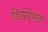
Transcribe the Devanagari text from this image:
डिग्रेडेशन